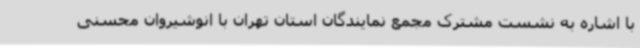
با اشاره به نشست مشترک مجمع نمایندگان استان تهران با انوشیروان محسنی